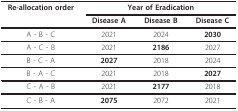
<table><thead><tr><td><b>Re-allocation order</b></td><td colspan="3"><b>Year of Eradication</b></td></tr><tr><td></td><td><b>Disease A</b></td><td><b>Disease B</b></td><td><b>Disease C</b></td></tr></thead><tbody><tr><td>A - B - C</td><td>2021</td><td>2024</td><td><b>2030</b></td></tr><tr><td>A - C - B</td><td>2021</td><td><b>2186</b></td><td>2027</td></tr><tr><td>B - C - A</td><td><b>2027</b></td><td>2018</td><td>2024</td></tr><tr><td>B - A - C</td><td>2021</td><td>2018</td><td><b>2027</b></td></tr><tr><td>C - A - B</td><td>2021</td><td><b>2177</b></td><td>2018</td></tr><tr><td>C - B - A</td><td><b>2075</b></td><td>2072</td><td>2021</td></tr></tbody></table>